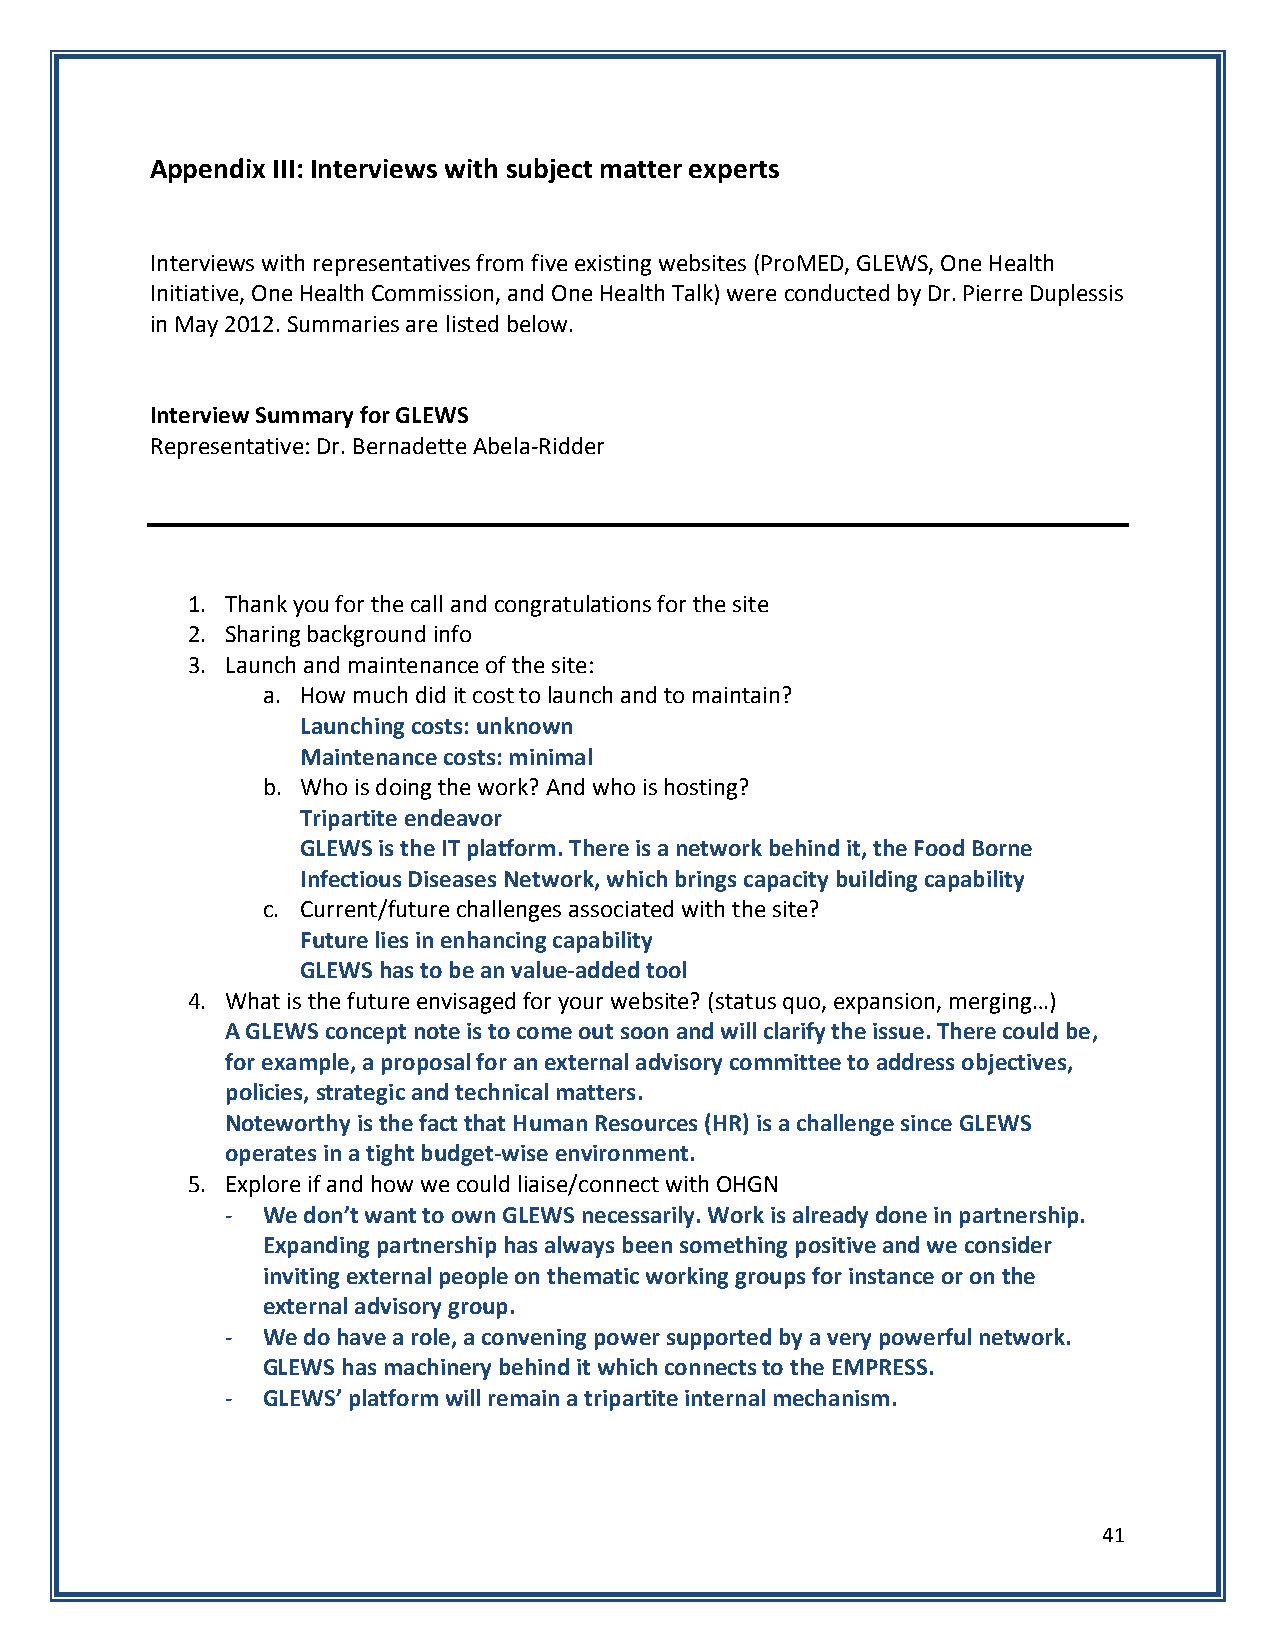
Appendix III: Interviews with subject matter experts
 Interviews with representatives from five existing websites (ProMED, GLEWS, One Health
 Initiative, One Health Commission, and One Health Talk) were conducted by Dr. Pierre Duplessis
 in May 2012. Summaries are listed below.
 Interview Summary for GLEWS
 Representative: Dr. Bernadette Abela-Ridder
 1. Thank you for the call and congratulations for the site
 2. Sharing background info
 3. Launch and maintenance of the site:
 a. How much did it cost to launch and to maintain?
 Launching costs: unknown
 Maintenance costs: minimal
 b. Who is doing the work? And who is hosting?
 Tripartite endeavor
 GLEWS is the IT platform. There is a network behind it, the Food Borne
 Infectious Diseases Network, which brings capacity building capability
 c. Current/future challenges associated with the site?
 Future lies in enhancing capability
 GLEWS has to be an value-added tool
 4. What is the future envisaged for your website? (status quo, expansion, merging…)
 A GLEWS concept note is to come out soon and will clarify the issue. There could be,
 for example, a proposal for an external advisory committee to address objectives,
 policies, strategic and technical matters.
 Noteworthy is the fact that Human Resources (HR) is a challenge since GLEWS
 operates in a tight budget-wise environment.
 5. Explore if and how we could liaise/connect with OHGN
 - We don’t want to own GLEWS necessarily. Work is already done in partnership.
 Expanding partnership has always been something positive and we consider
 inviting external people on thematic working groups for instance or on the
 external advisory group.
 - We do have a role, a convening power supported by a very powerful network.
 GLEWS has machinery behind it which connects to the EMPRESS.
 - GLEWS’ platform will remain a tripartite internal mechanism.
 41